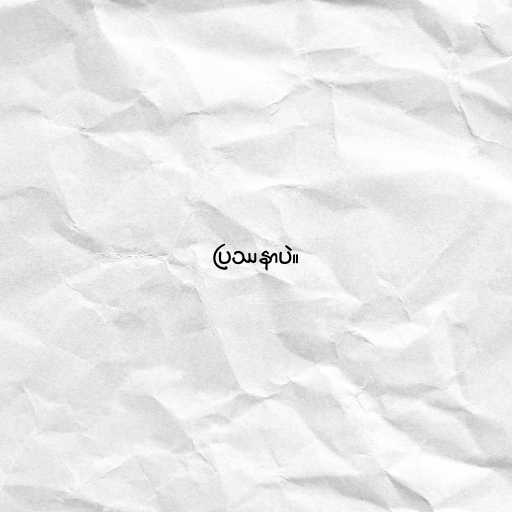
ပြဿနာပဲ။